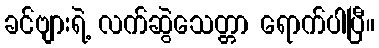
ခင်ဗျားရဲ့ လက်ဆွဲသေတ္တာ ရောက်ပါပြီ။